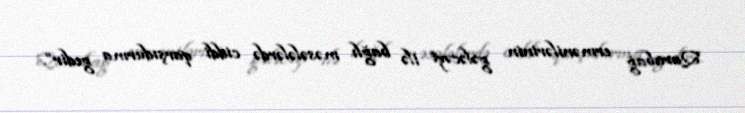
Qarabağ ermənilərinin gələcəyi ilə bağlı məsələlərdə ciddi qarşıdurma gedir”.